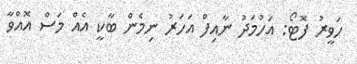
ހަވީރު ފޮޓޯ: އަހުމަދު ނާއިފް އަހަރު ނިމެން ބާކީ އެއް މަސް އޮއްވާ